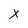
Character: x